Rangoon Lunatic Asylum 1898-1906 - 1898-1906
Year: 1898
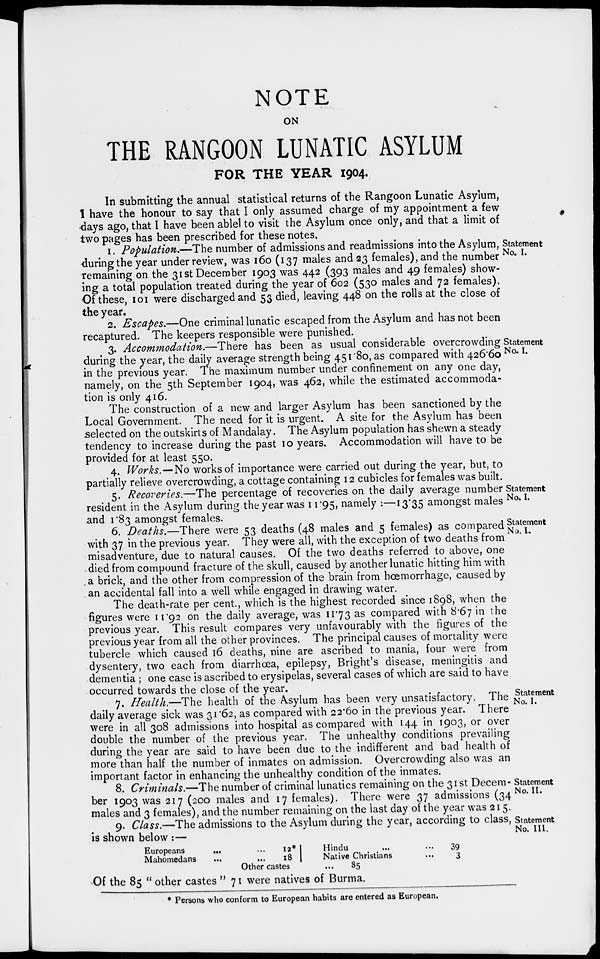
NOTE
ON
THE RANGOON LUNATIC ASYLUM
FOR THE YEAR 1904.
In submitting the annual statistical returns of the Rangoon Lunatic Asylum,
I have the honour to say that I only assumed charge of my appointment a few
days ago, that I have been ablel to visit the Asylum once only, and that a limit of
two pages has been prescribed for these notes.
Statement
No. I.
1. Population.— The number of admissions and readmissions into the Asylum,
during the year under review, was 160 (137 males and 23 females), and the number
remaining on the 31st December 1903 was 442 (393 males and 49 females) show-
ing a total population treated during the year of 602 (530 males and 72 females).
Of these, 101 were discharged and 53 died, leaving 448 on the rolls at the close of
the year.
2. Escapes.—One criminal lunatic escaped from the Asylum and has not been
recaptured. The keepers responsible were punished.
Statement
No. I.
3. Accommodation.—There has been as usual considerable overcrowding
during the year, the daily average strength being 451.80, as compared with 426.60
in the previous year. The maximum number under confinement on any one day,
namely, on the 5th September 1904, was 462, while the estimated accommoda-
tion is only 416.
The construction of a new and larger Asylum has been sanctioned by the
Local Government. The need for it is urgent. A site for the Asylum has been
selected on the outskirts of Mandalay. The Asylum population has shewn a steady
tendency to increase during the past 10 years. Accommodation will have to be
provided for at least 550.
4. Works. — No works of importance were carried out during the year, but, to
partially relieve overcrowding, a cottage containing 12 cubicles for females was built.
Statement
No. I.
5. Recoveries.— The percentage of recoveries on the daily average number
resident in the Asylum during the year was 11.95, namely :—13.35 amongst males
and 1.83 amongst females.
Statement
No. I.
6. Deaths.—There were 53 deaths (48 males and 5 females) as compared
with 37 in the previous year. They were all, with the exception of two deaths from
misadventure, due to natural causes. Of the two deaths referred to above, one
died from compound fracture of the skull, caused by another lunatic hitting him with
a brick, and the other from compression of the brain from hœmorrhage, caused by
an accidental fall into a well while engaged in drawing water.
The death-rate per cent., which is the highest recorded since 1898, when the
figures were 11.92 on the daily average, was 11.73 as compared with 8.67 in the
previous year. This result compares very unfavourably with the figures of the
previous year from all the other provinces. The principal causes of mortality were
tubercle which caused 16 deaths, nine are ascribed to mania, four were from
dysentery, two each from diarrhœa, epilepsy, Bright's disease, meningitis and
dementia ; one case is ascribed to erysipelas, several cases of which are said to have
occurred towards the close of the year.
Statement
No. I.
7. Health.—The health of the Asylum has been very unsatisfactory. The
daily average sick was 31.62, as compared with 22.60 in the previous year. There
were in all 308 admissions into hospital as compared with 144 in 1903, or over
double the number of the previous year. The unhealthy conditions prevailing
during the year are said to have been due to the indifferent and bad health of
more than half the number of inmates on admission. Overcrowding also was an
important factor in enhancing the unhealthy condition of the inmates.
Statement
No. II.
8. Criminals.—The number of criminal lunatics remaining on the 31st Decem-
ber 1903 was 217 (200 males and 17 females). There were 37 admissions (34
males and 3 females), and the number remaining on the last day of the year was 215.
Statement
No. III.
9. Class.— The admissions to the Asylum during the year, according to class,
is shown below :—
Europeans ... ...
Mahomedans... ...
12*
18
Hindu ... ...
Native Christians ...
39
3
Other castes
...
85
Of the 85 " other castes " 71 were natives of Burma.
* Persons who conform to European habits are entered as European.